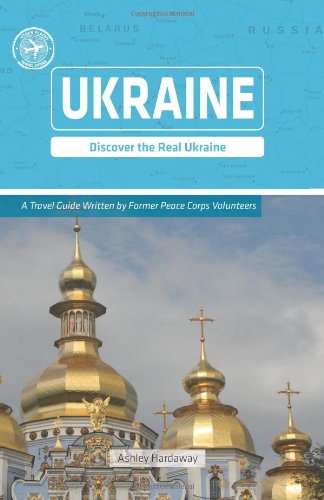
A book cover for Ukraine (Other Places Travel Guide); Ashley Hardaway; Travel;